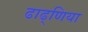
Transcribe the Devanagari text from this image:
ढाढ्णिया